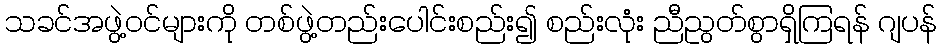
သခင်အဖွဲ့ဝင်များကို တစ်ဖွဲ့တည်းပေါင်းစည်း၍ စည်းလုံး ညီညွတ်စွာရှိကြရန် ဂျပန်